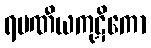
ရမဏီယကုဋိကော